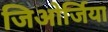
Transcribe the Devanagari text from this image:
जिओर्जिया